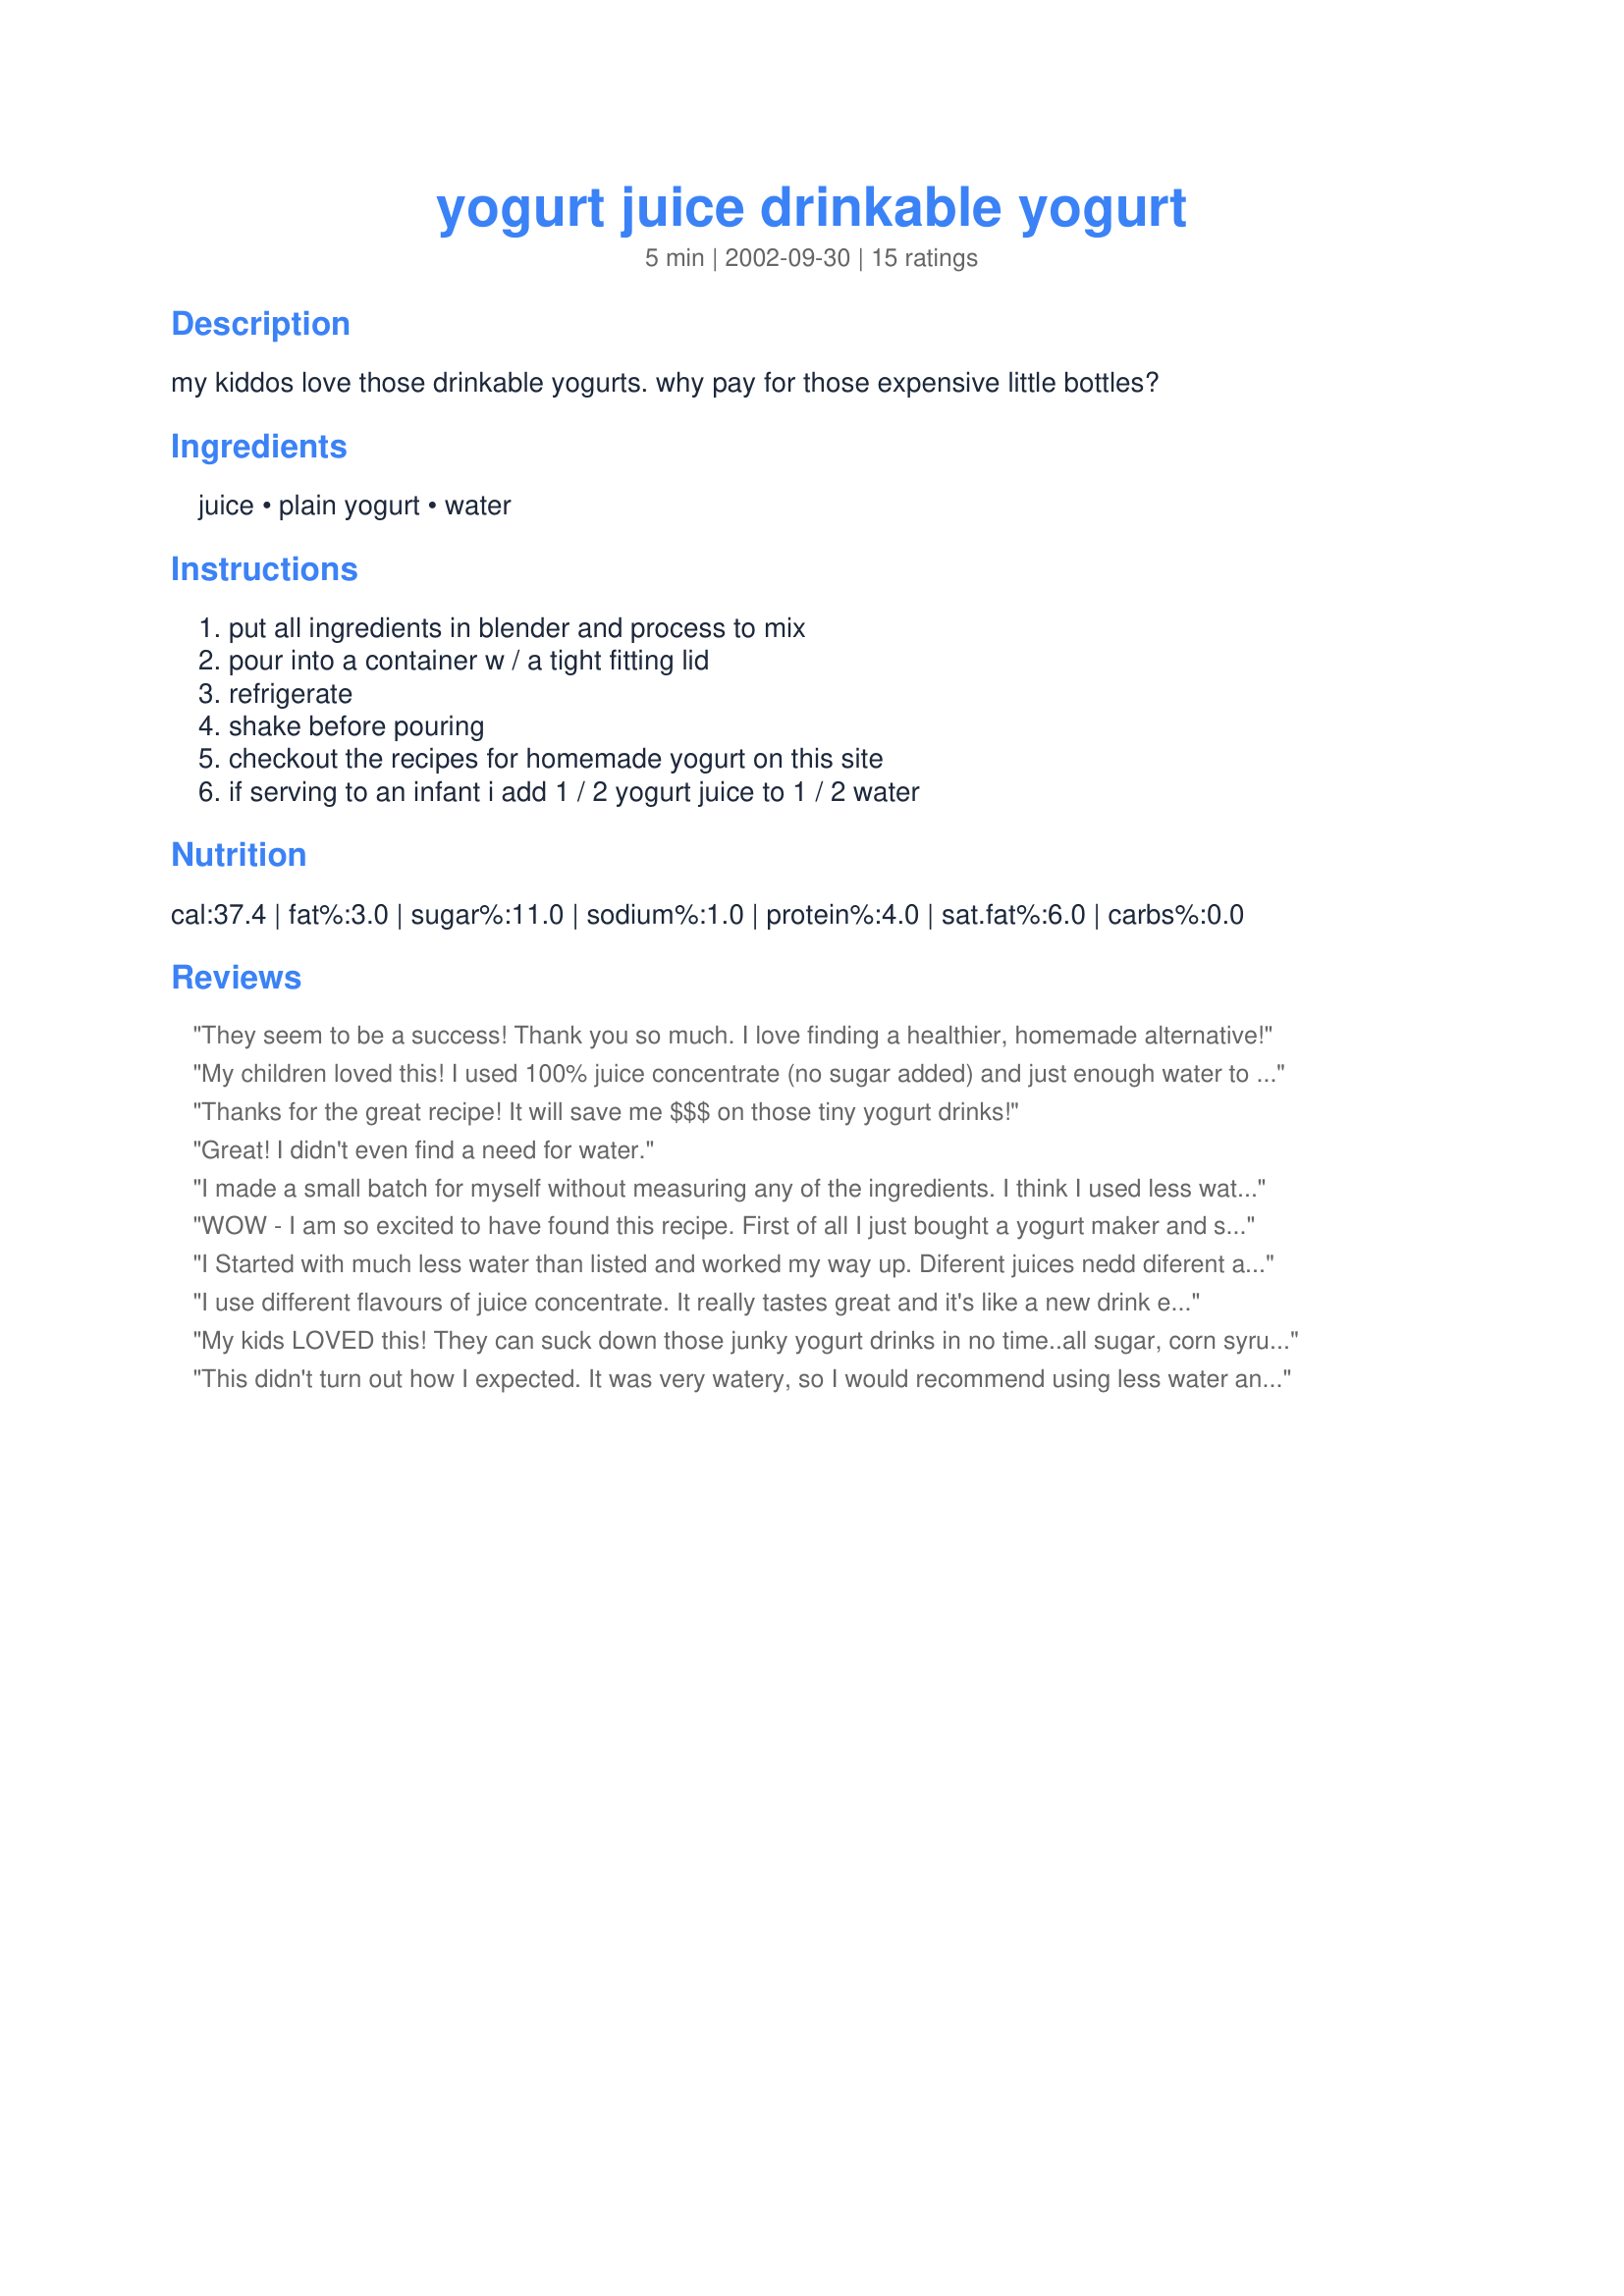
yogurt juice drinkable yogurt
Preparation time: 5 minutes

my kiddos love those drinkable yogurts. why pay for those expensive little bottles?

Ingredients:
juice, plain yogurt, water

Steps:
put all ingredients in blender and process to mix, pour into a container w / a tight fitting lid, refrigerate, shake before pouring, checkout the recipes for homemade yogurt on this site, if serving to an infant i add 1 / 2 yogurt juice to 1 / 2 water

Reviews:
They seem to be a success! Thank you so much. I love finding a healthier, homemade alternative!
My children loved this! I used 100% juice concentrate (no sugar added) and just enough water to fill the blender. We tried orange juice with plain yogurt and fruit punch with strawberry yogurt. I will be making this every time the large size yogurt goes on sale! Thanks for posting!
Thanks for the great recipe! It will save me $$$ on those tiny yogurt drinks!
Great! I didn't even find a need for water.
I made a small batch for myself without measuring any of the ingredients. I think I used less water then you suggested. It turned out great. I just put the concentrate and the water in my salad dressing shaker (the kind with the spokes inside that help mix), shook it up, added the yogurt and shook it up. Now I can drink it right out of the shaker! I made it with orange juice and it tastes like an orange julius. I will be making this more often.
WOW - I am so excited to have found this recipe. First of all I just bought a yogurt maker and so this will be a great way to help my kids eat yogurt. Also - SOOOO much cheaper than the drinkable yogurts at the store and healthier also. I made a small batch tonight - just 1 cup vanilla yogurt, 1/2 cup juicy juice 100% juice Fruit punch and about 1 cup water. I mixed it in a salad dressing container that had a hand plunger and the amount was perfect for my two daughters - who thought it was the store bought stuff!!! Thanks so much for sharing.
I Started with much less water than listed and worked my way up. Diferent juices nedd diferent amounts of water. I also found grape juice too sweet, but strawberry banana juce needed almost a teaspoon sugar. This is a lot like the drikables you buy in the store, NOT a smoothy. I loved it and will be making it again.
I use different flavours of juice concentrate. It really tastes great and it's like a new drink every batch.
My kids LOVED this! They can suck down those junky yogurt drinks in no time..all sugar, corn syrup and food coloring...which I hate to buy. This drink is thinner than those commercial varieties and is more like juice with a twang than yogurt. I used homemade yogurt made from 1% organic milk and an apple-raspberry all juice frozen juice blend which made the drink slightly pink. Used 30 oz. water and may reduce that next time. At only pennies a serving and greatly improved nutritional value, I look forward to using this as a base to try all kinds of combinations. Thanks, princess buttercup, for a fantastic recipe!
This didn't turn out how I expected. It was very watery, so I would recommend using less water and using whole fat yogurt (I used lowfat). I would also suggest using a concentrated juice with no sugar added (I used Grape Juice Cocktail) because it was very sweet, and less water would have made it even sweeter. Hopefully my stepson will drink the rest! I appreciate your idea, but I think the instructions should have been a bit more specific. Thanks!
We love this, with no extra water. Definitely a cost savings over the prepackaged! :)
My whole family loved this, even my non-yogurt eating husband and 16 year old son. Those little bottles you buy are ridiculously expensive, yet my 9 year old girls love them, so I was so excited when they really liked this. I tried just vanilla yogurt with fruit punch Juicy Juice and it was great! Thanks so Much!
The yogurt loving kids loved this. I liked it too. A great way to get yogurt without buying the high fructose corn syrup laden kinds (and artificial colors). I had 1 C plain and 1 C vanilla lowfat yogurts. I only added enough water to clean out my juice can. It made about 1 quart. I would try adding about 1/2 can or so of water next time to make a little more without compromising flavor. Forgot to add: with 12 oz water, it cost half what they want in the store (using full price yogurt)!
I made this today for my spoiled son...haha...he loves those drinkable yogurts, but they are pricey! I used 100% pineapple juice concentrate and boy, was he in Heaven! I will pass this on to my brother for sure! Thanks for the healthy money saving recipe!
This works great! I make my own plain yogurt, but my kids don't care for it, because I let it get pretty tart. Recently, one of my kids had to take an antibiotic and I wanted to make sure he would eat some yogurt to help counteract some of the unwanted effects that an antibiotic can have on the digestive system. This was perfect for that! I used 2 1/2 to 3 cans of water to make sure it wasn't too thick for sippy cups. Part of the water had to be added after blending, due to my blenders capacity, but that wasn't a problem. I just mixed up what would fit in my blender and then poured it into an empty 64 oz. juice bottle and added the rest of the water. Storing this in an empty juice bottle made it easy to shake it up before serving. Also, if you use a yogurt like Stonyfield Farms (which is what I use for my homemade yogurt starter), you'll get all the probiotics that you'd get in those super-expensive immunity-boosting yogurt drinks!
